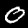
Digit: 0